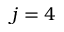
j = 4